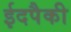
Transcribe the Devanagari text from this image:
ईदपैकी